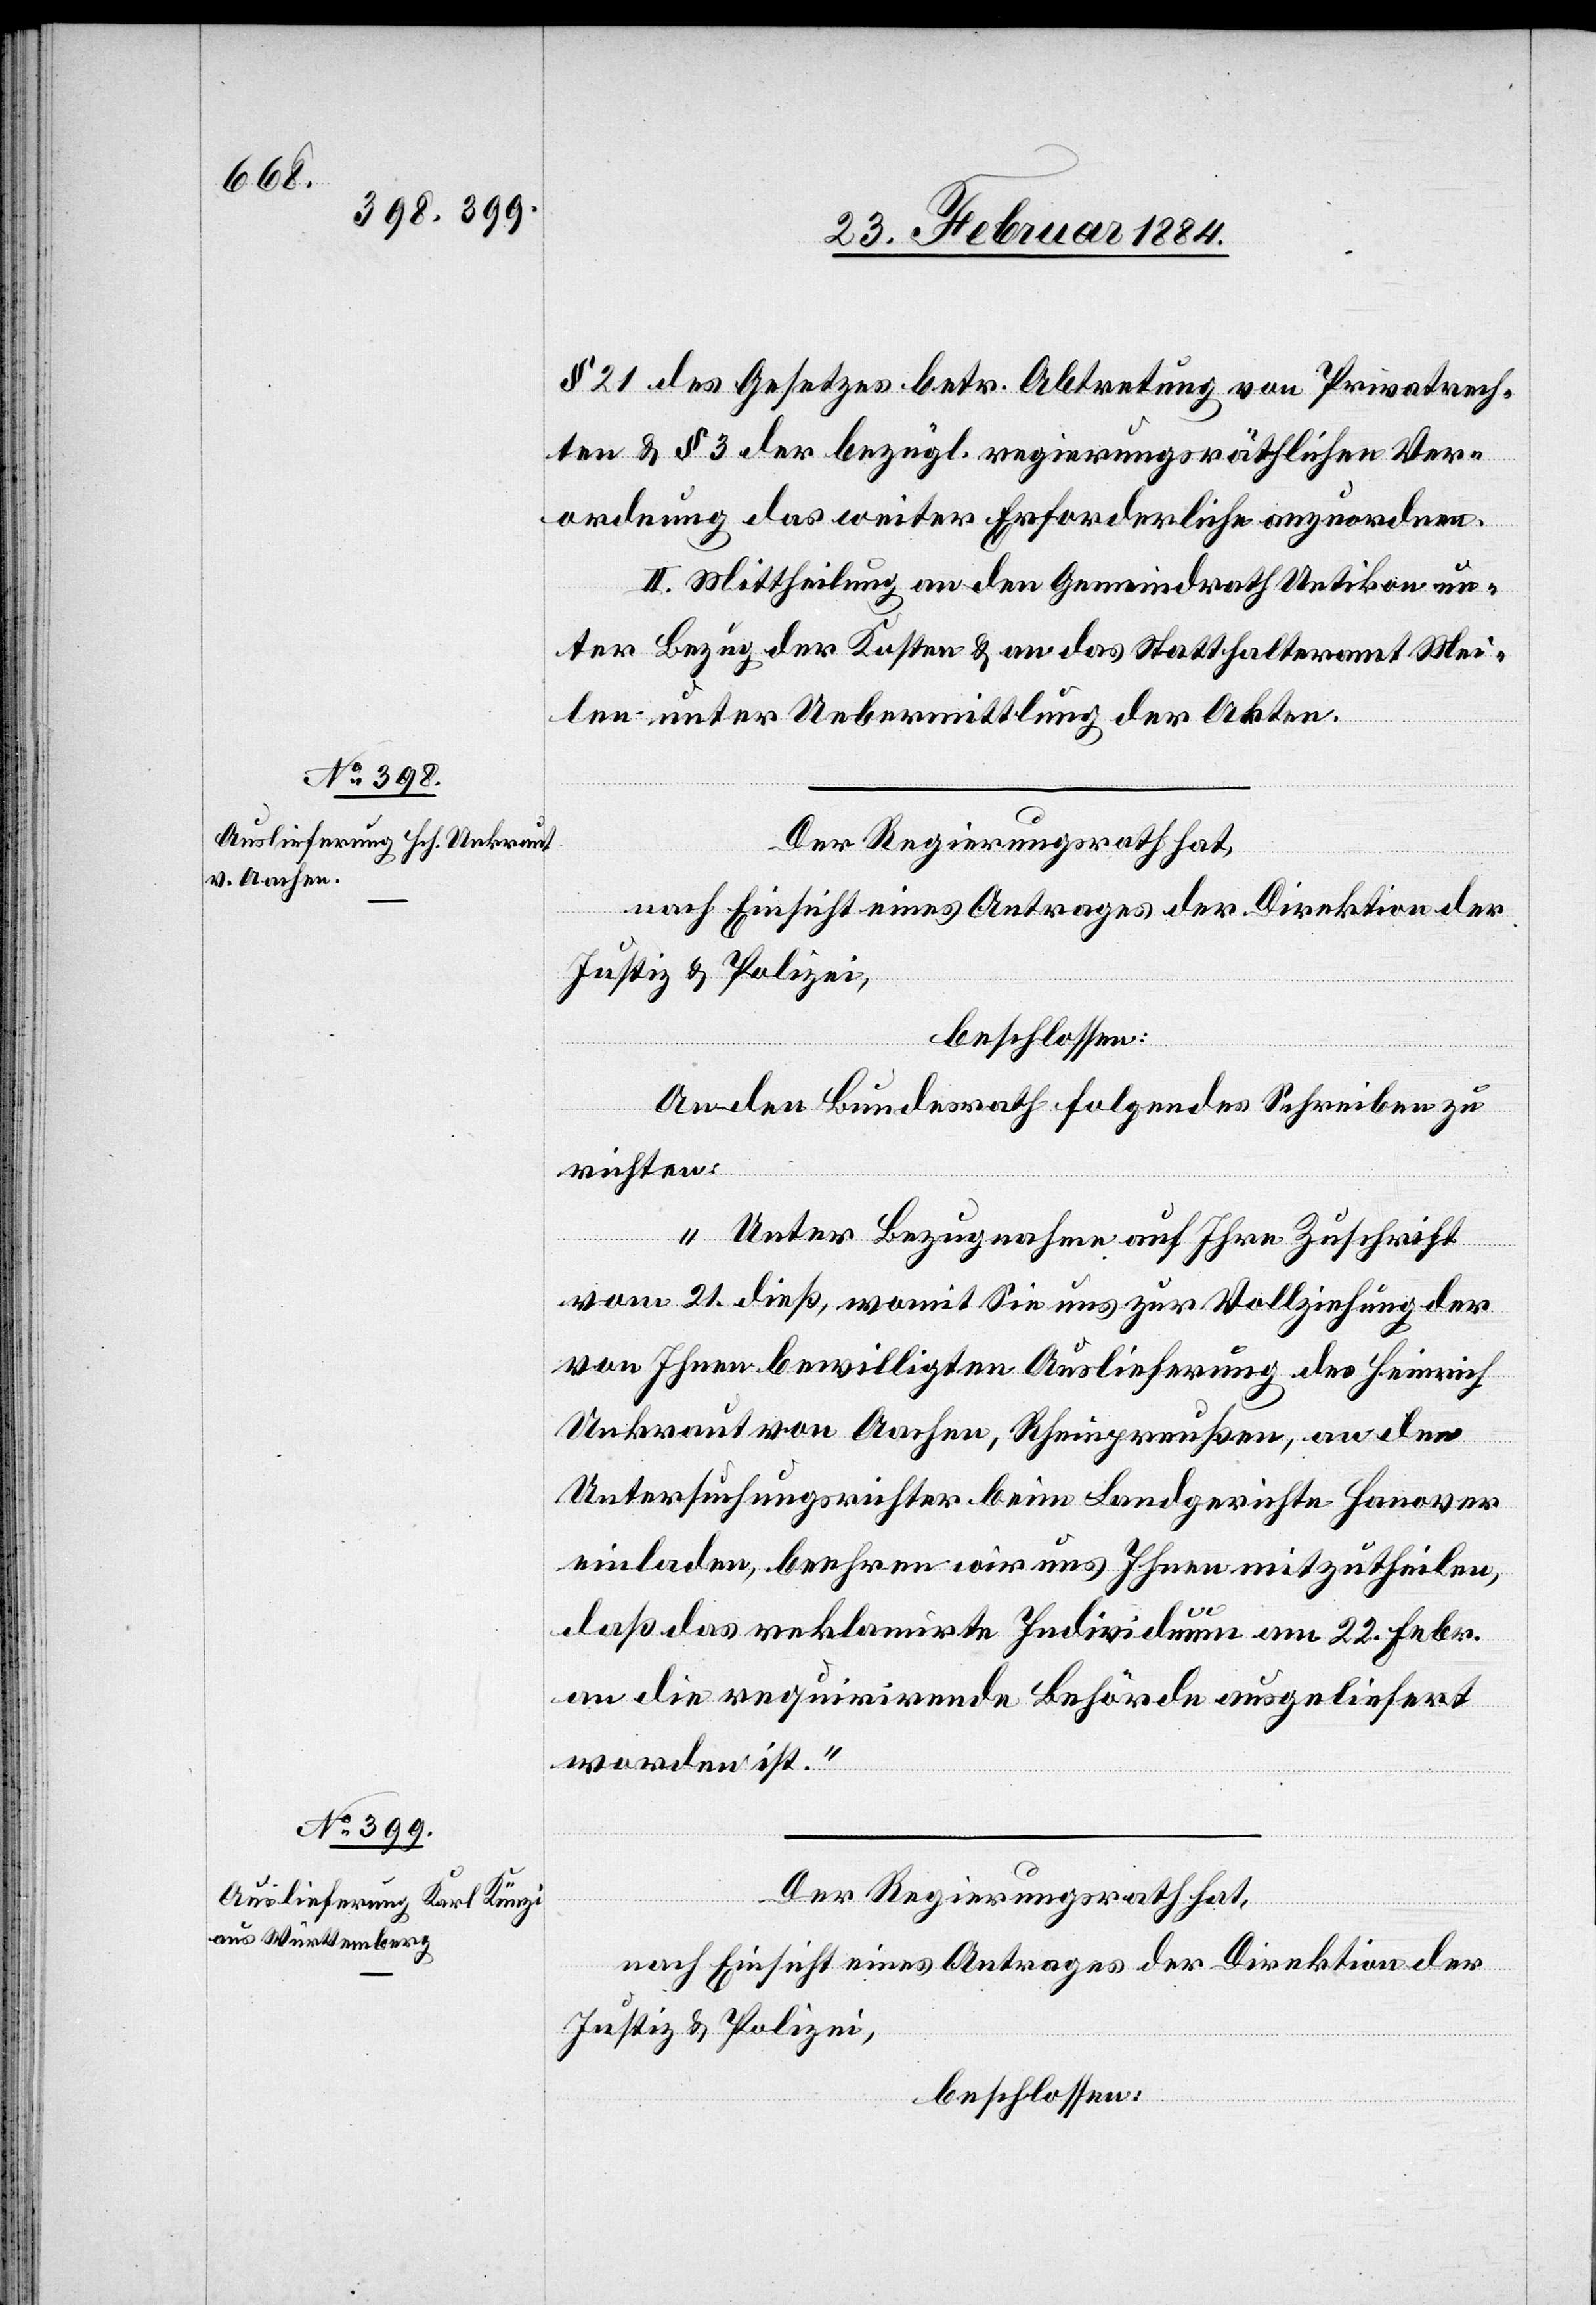
§ 21 des Gesetzes betr. Abtretung von Privatrech¬
ten & § 3 der bezügl. regierungsräthlichen Ver¬
ordnung das weiter Erforderliche anzuordnen.
II. Mittheilung an den Gemeindrath Uetikon un¬
ter Bezug der Kosten & an das Statthalteramt Mei¬
len unter Uebermittlung der Akten.
Der Regierungsrath hat,
nach Einsicht eines Antrages der Direktion der
Justiz & Polizei,
beschlossen:
An den Bundesrath folgendes Schreiben zu
richten:
„Unter Bezugnahme auf Ihre Zuschrift
vom 21. dieß, womit Sie uns zur Vollziehung der
von Ihnen bewilligten Auslieferung des Heinrich
Unkraut von Aachen, Rheinpreußen, an den
Untersuchungsrichter beim Landgerichte Hanover
einladen, beehren wir uns Ihnen mitzutheilen,
daß das reklamirte Individuum am 22. Febr.
an die requirirende Behörde ausgeliefert
worden ist.“
Der Regierungsrath hat,
nach Einsicht eines Antrages der Direktion der
Justiz & Polizei,
beschlossen: